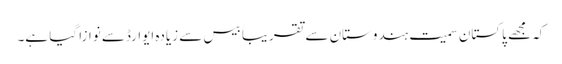
کہ مجھے پاکستان سمیت ہندوستان سے تقریباََ بیس سے زیادہ ایوارڈسے نوازا گیا ہے۔